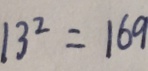
1 3 ^ { 2 } = 1 6 9